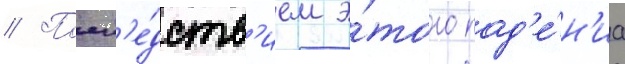
// Посл'е́дств'ием э́того пад'е́н'иа